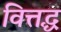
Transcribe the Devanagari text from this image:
वित्तद्ध